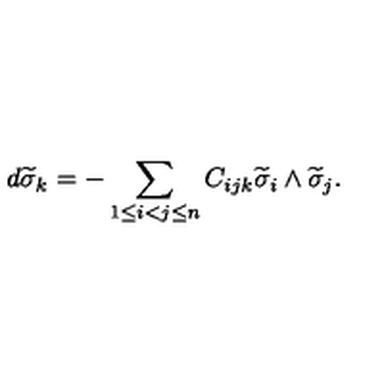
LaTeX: d \widetilde { \sigma } _ { k } = - \sum _ { 1 \leq i < j \leq n } C _ { i j k } \widetilde { \sigma } _ { i } \wedge \widetilde { \sigma } _ { j } .